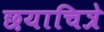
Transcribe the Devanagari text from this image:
छयाचित्रे